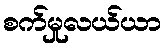
စက်မှုလယ်ယာ